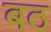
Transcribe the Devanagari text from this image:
बठ